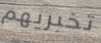
تخبريهم